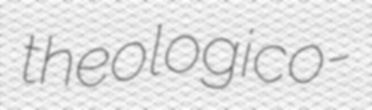
theologico-